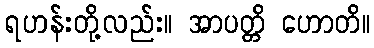
ရဟန်းတို့လည်း။ အာပတ္တိ ဟောတိ။